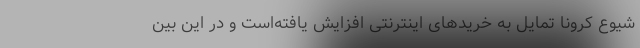
شیوع کرونا تمایل به خریدهای اینترنتی افزایش یافته‌است و در این بین